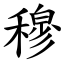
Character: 穆